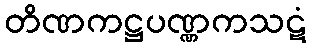
တိဏကဋ္ဌပဏ္ဏကသဋံ